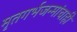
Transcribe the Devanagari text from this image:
मृतगर्भजन्मांचाही